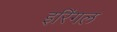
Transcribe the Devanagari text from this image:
इरिंगल